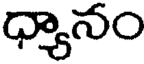
ధ్యానం